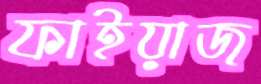
ফাইয়াজ